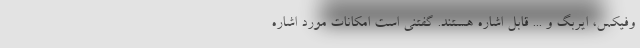
وفیکس، ایربگ و ... قابل اشاره هستند. گفتنی است امکانات مورد اشاره